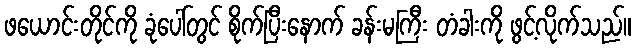
ဖယောင်းတိုင်ကို ခုံပေါ်တွင် စိုက်ပြီးနောက် ခန်းမကြီး တံခါးကို ဖွင့်လိုက်သည်။